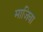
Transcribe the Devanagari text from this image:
माजिवा